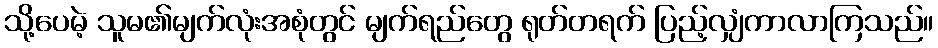
သို့ပေမဲ့ သူမ၏မျက်လုံးအစုံတွင် မျက်ရည်တွေ ရုတ်တရက် ပြည့်လျှံကာလာကြသည်။